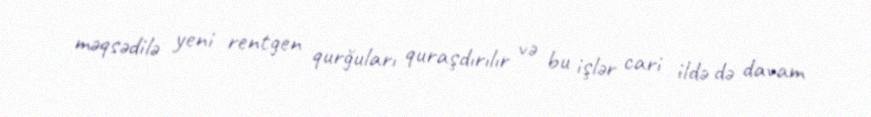
məqsədilə yeni rentgen qurğuları quraşdırılır və bu işlər cari ildə də davam